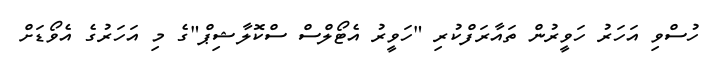
ހުސްވި އަހަރު ހަވީރުން ތައާރަފްކުރި "ހަވީރު އެޓޯލްސް ސްކޮލާޝިޕް"ގެ މި އަހަރުގެ އެވޯޑަށް